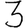
Digit: 3